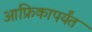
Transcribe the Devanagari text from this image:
आफ्रिकापर्यंत